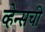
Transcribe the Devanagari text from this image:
व्हेन्सची